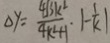
\Delta y = \frac { 4 \sqrt { 3 k ^ { 2 } } } { 4 k ^ { 2 } + 1 } \cdot \vert - \frac { 1 } { k } \vert